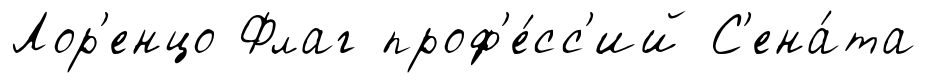
Лор'енцо Флаг проф'е́сс'ий С'ена́та